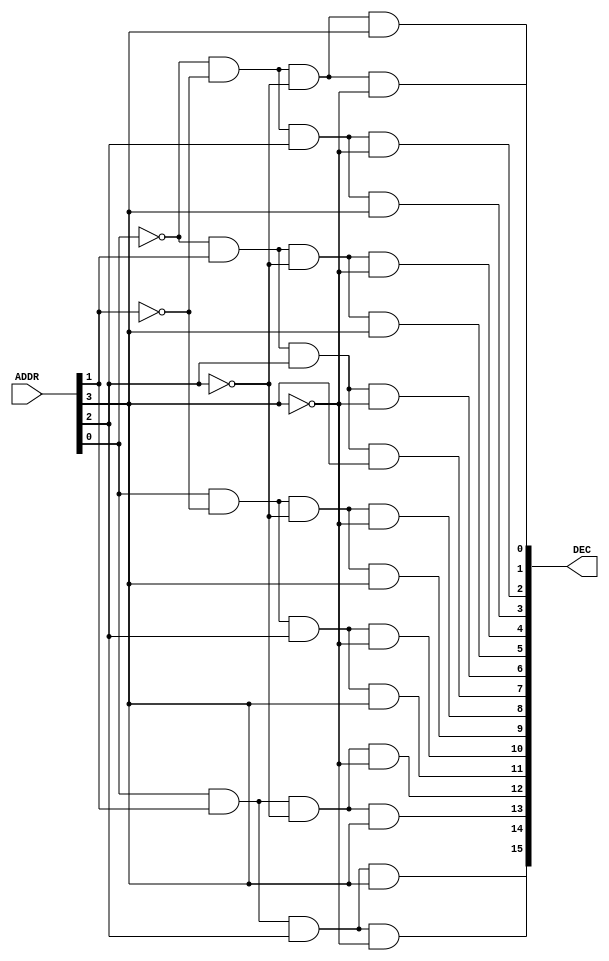
module dec_4_to_16
(
  input [3:0] ADDR,
  output [15:0] DEC
);
  assign DEC[0] = ~ADDR[0] & ~ADDR[1] & ~ADDR[2] & ~ADDR[3];
  assign DEC[1] = ~ADDR[0] & ~ADDR[1] & ~ADDR[2] & ADDR[3];
  assign DEC[2] = ~ADDR[0] & ~ADDR[1] & ADDR[2] & ~ADDR[3];
  assign DEC[3] = ~ADDR[0] & ~ADDR[1] & ADDR[2] & ADDR[3];
  assign DEC[4] = ~ADDR[0] & ADDR[1] & ~ADDR[2] & ~ADDR[3];
  assign DEC[5] = ~ADDR[0] & ADDR[1] & ~ADDR[2] & ADDR[3];
  assign DEC[6] = ~ADDR[0] & ADDR[1] & ADDR[2] & ~ADDR[3];
  assign DEC[7] = ~ADDR[0] & ADDR[1] & ADDR[2] & ADDR[3];
  assign DEC[8] = ADDR[0] & ~ADDR[1] & ~ADDR[2] & ~ADDR[3];
  assign DEC[9] = ADDR[0] & ~ADDR[1] & ~ADDR[2] & ADDR[3];
  assign DEC[10] = ADDR[0] & ~ADDR[1] & ADDR[2] & ~ADDR[3];
  assign DEC[11] = ADDR[0] & ~ADDR[1] & ADDR[2] & ADDR[3];
  assign DEC[12] = ADDR[0] & ADDR[1] & ~ADDR[2] & ~ADDR[3];
  assign DEC[13] = ADDR[0] & ADDR[1] & ~ADDR[2] & ADDR[3];
  assign DEC[14] = ADDR[0] & ADDR[1] & ADDR[2] & ~ADDR[3];
  assign DEC[15] = ADDR[0] & ADDR[1] & ADDR[2] & ADDR[3];
endmodule